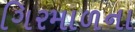
ગિરમાળના